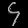
Digit: ၄